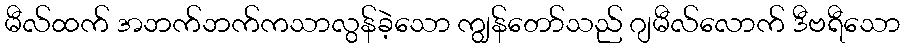
မီလ်ထက် အဘက်ဘက်ကသာလွန်ခဲ့သော ကျွန်တော်သည် ဂျမီလ်လောက် ဒီဗရီသော